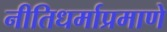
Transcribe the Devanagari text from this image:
नीतिधर्माप्रमाणे